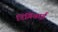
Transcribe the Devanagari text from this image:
रिंगियाई